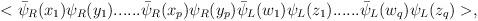
LaTeX: \begin{align*}<\bar\psi_R(x_1) \psi_R (y_1)......\bar\psi_R(x_p) \psi_R (y_p)\bar\psi_L(w_1) \psi_L (z_1)......\bar\psi_L(w_q) \psi_L (z_q)>,\end{align*}